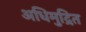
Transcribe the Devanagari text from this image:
अधिमुद्रित